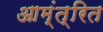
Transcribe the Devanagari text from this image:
आम्ंत्रित